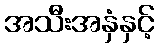
အသီးအနှံနှင့်